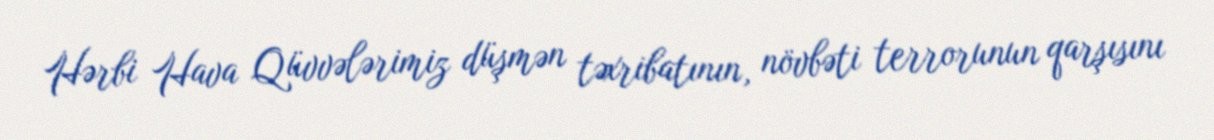
Hərbi Hava Qüvvələrimiz düşmən təxribatının, növbəti terrorunun qarşısını